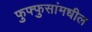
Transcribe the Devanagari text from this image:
फुफ्फुसांमधील